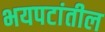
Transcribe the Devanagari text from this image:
भयपटांतील